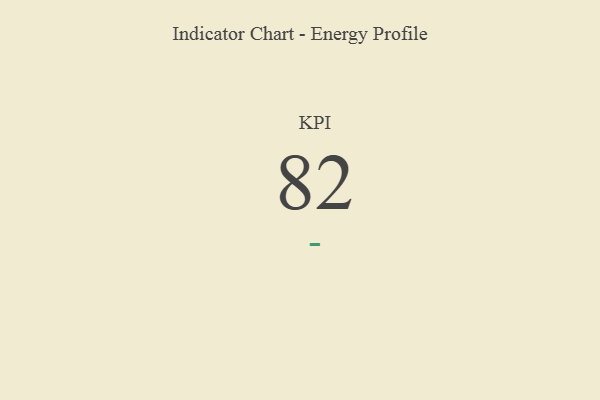
{"axis": {"x": "KPI", "y": "Value"}, "legend": [""], "data": [{"x": "KPI", "y": 82, "type": ""}]}